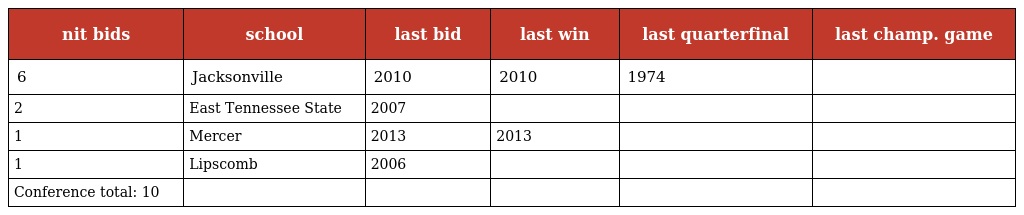
| nit bids | school | last bid | last win | last quarterfinal | last champ. game |
 | --- | --- | --- | --- | --- | --- |
 | 6 | Jacksonville | 2010 | 2010 | 1974 |  |
 | 2 | East Tennessee State | 2007 |  |  |  |
 | 1 | Mercer | 2013 | 2013 |  |  |
 | 1 | Lipscomb | 2006 |  |  |  |
 | Conference total: 10 |  |  |  |  |  |